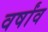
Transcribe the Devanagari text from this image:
वर्षांव